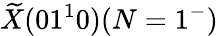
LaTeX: \widetilde{X}(01^{1}0)(N=1^{-})